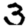
Digit: 3